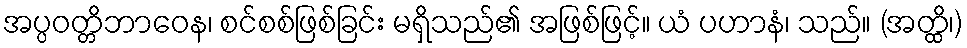
အပ္ပဝတ္တိဘာဝေန၊ စင်စစ်ဖြစ်ခြင်း မရှိသည်၏ အဖြစ်ဖြင့်။ ယံ ပဟာနံ၊ သည်။ (အတ္ထိ၊)